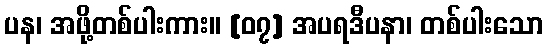
ပန၊ အဖို့တစ်ပါးကား။ [၀၇] အပရဒီပနာ၊ တစ်ပါးသော